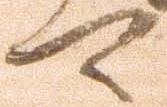
可